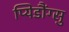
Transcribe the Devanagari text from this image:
प्यिडौंग्सु